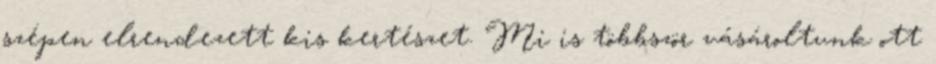
szépen elrendezett kis kertészet. Mi is többször vásároltunk ott